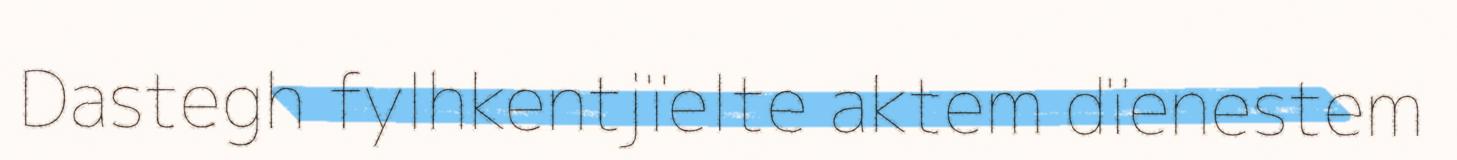
Dastegh fylhkentjïelte aktem dïenestem